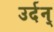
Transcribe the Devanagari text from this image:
उर्दन्